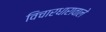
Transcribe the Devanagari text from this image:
विचारधारावाले